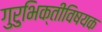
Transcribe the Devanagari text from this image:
गुरुभिक्तीविषयक